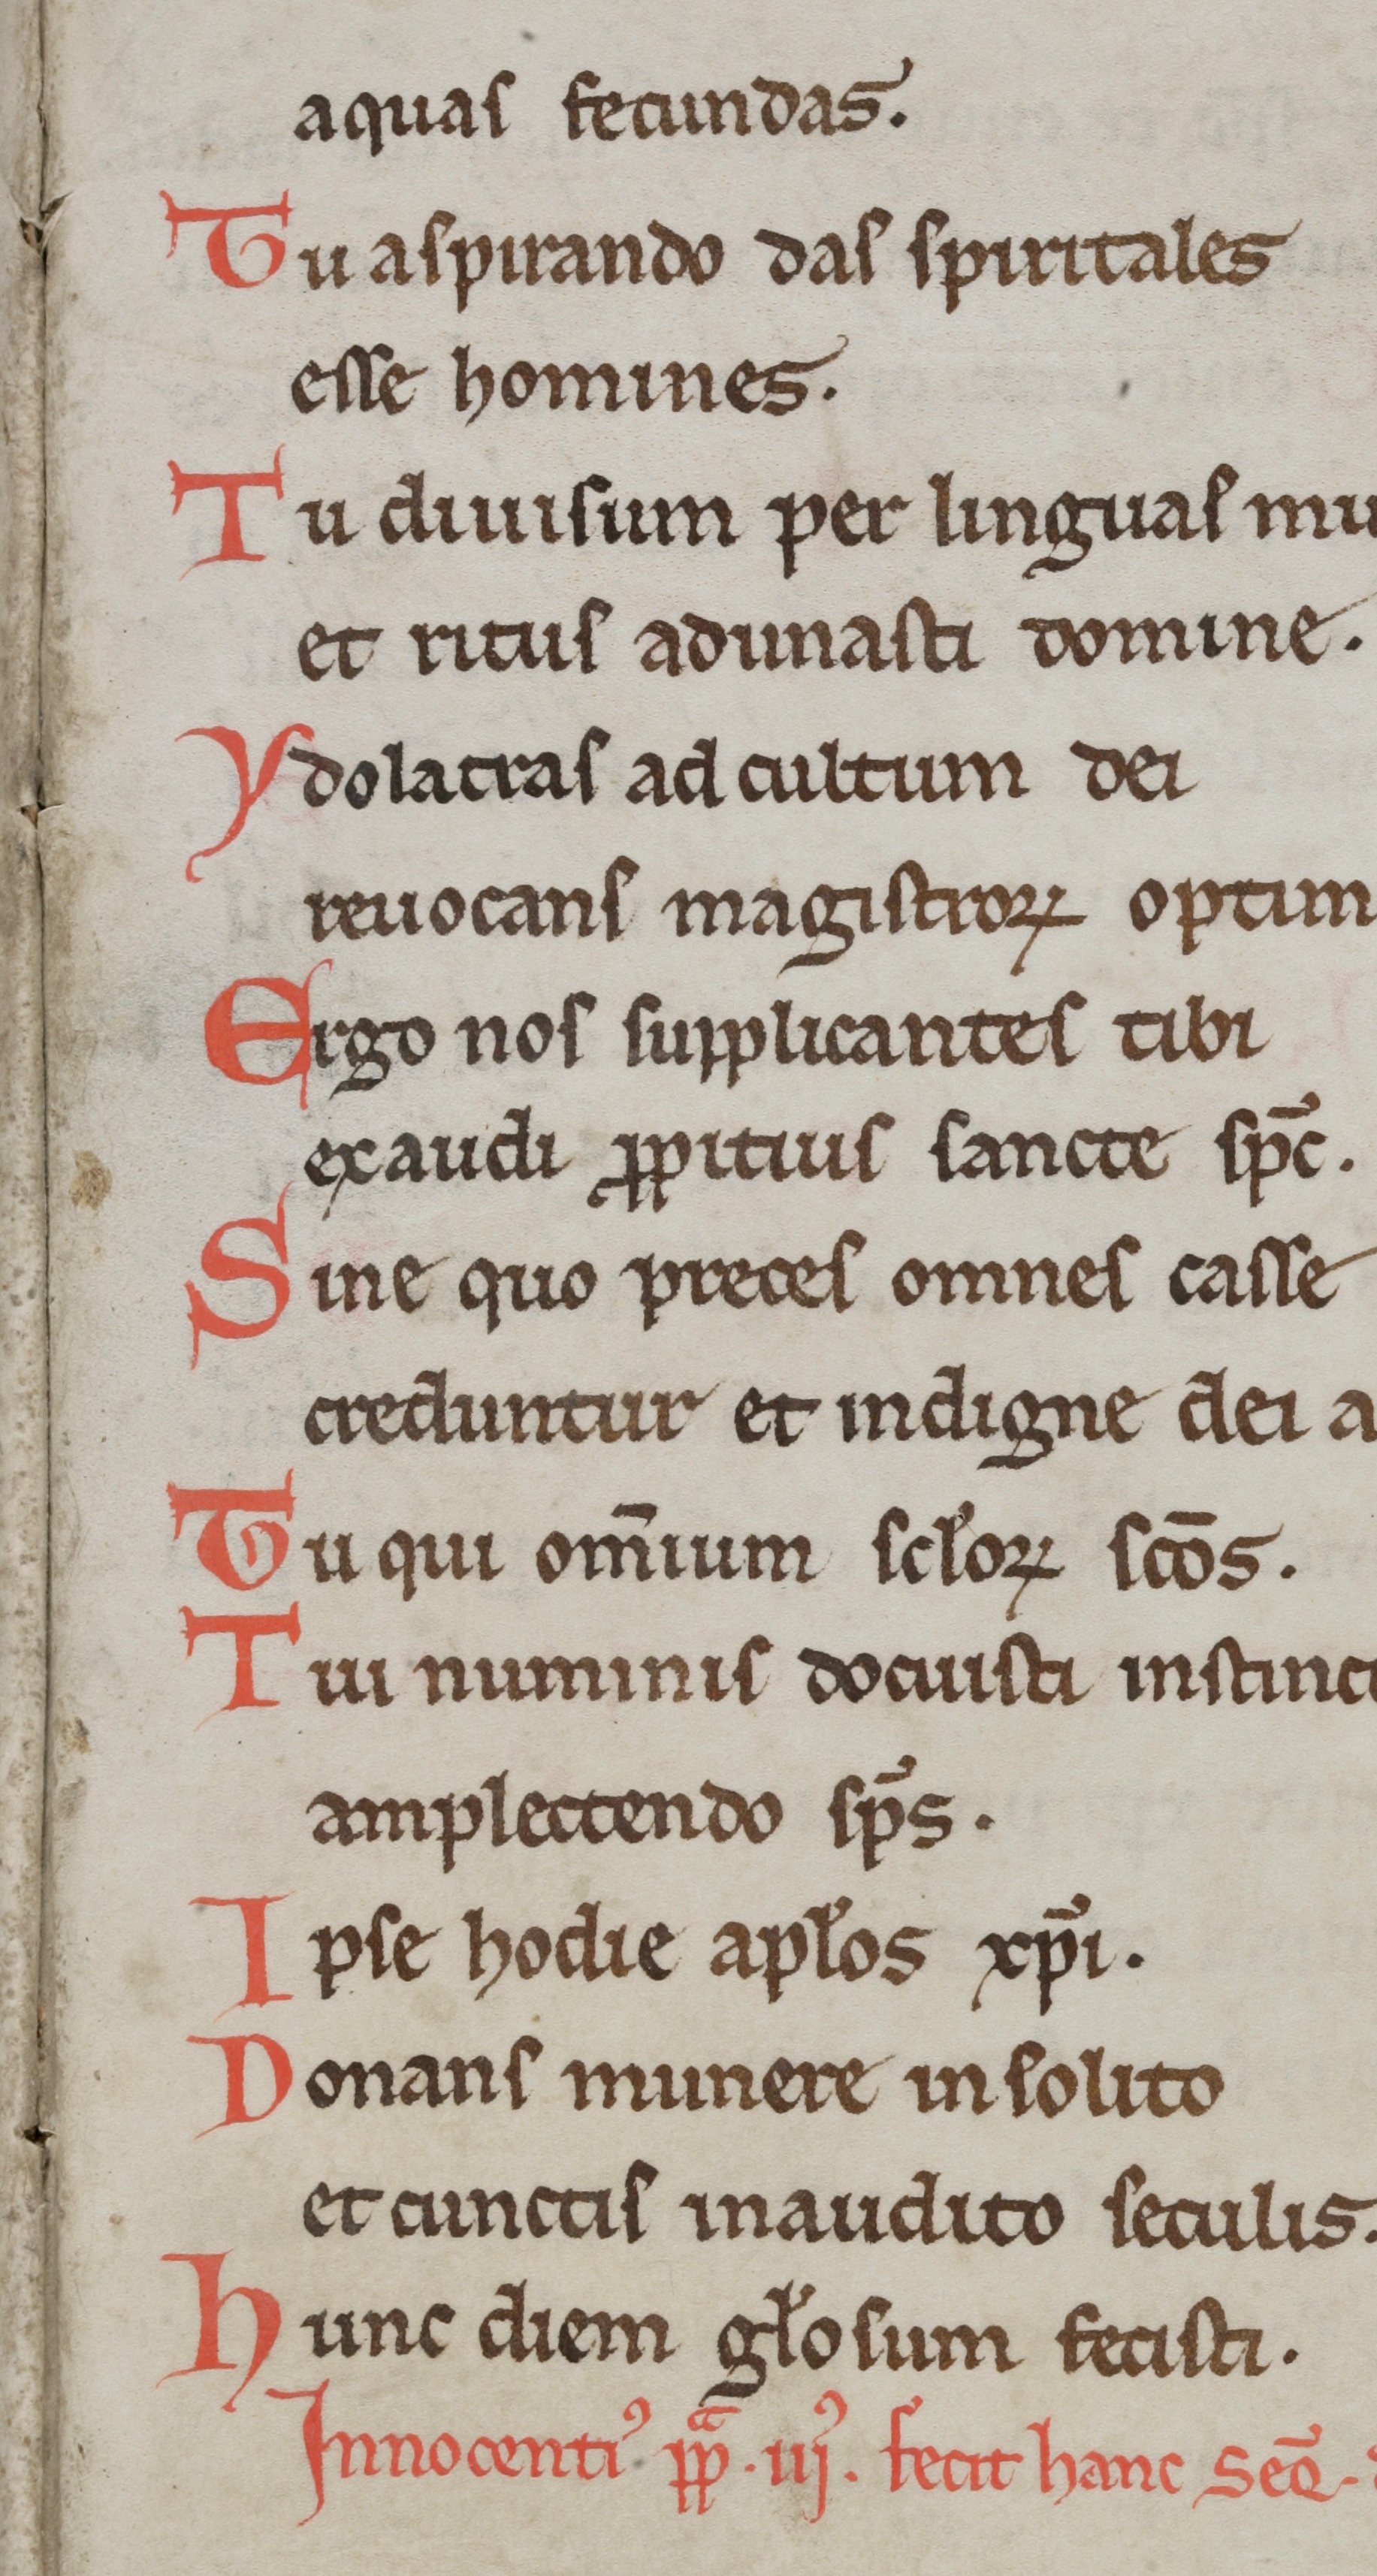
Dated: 1000–1099